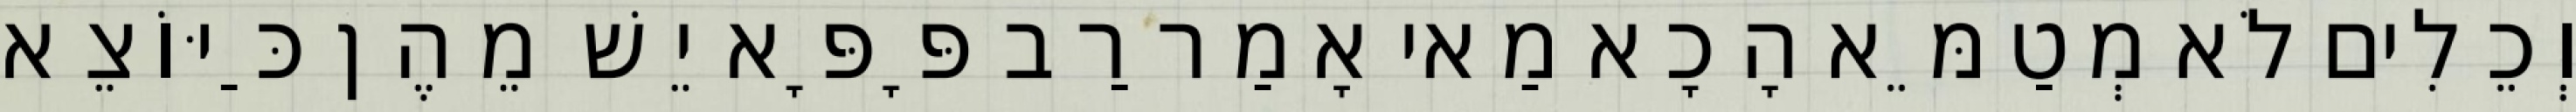
וְכֵלִים לֹא מְטַמֵּא הָכָא מַאי אָמַר רַב פָּפָּא יֵשׁ מֵהֶן כַּיּוֹצֵא